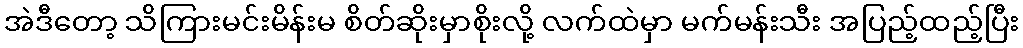
အဲဒီတော့ သိကြားမင်းမိန်းမ စိတ်ဆိုးမှာစိုးလို့ လက်ထဲမှာ မက်မန်းသီး အပြည့်ထည့်ပြီး